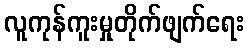
လူကုန်ကူးမှုတိုက်ဖျက်ရေး